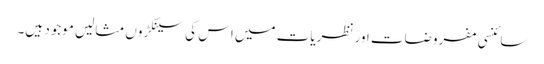
سائنسی مفروضات اور نظریات میں اس کی سینکڑوں مثالیں موجود ہیں۔